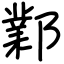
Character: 鄴